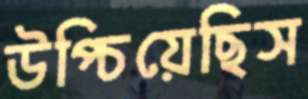
উপ্‌চিয়েছিস